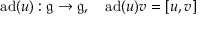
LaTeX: \operatorname { a d } ( u ) : { \mathfrak { g } } \to { \mathfrak { g } } , \quad \operatorname { a d } ( u ) v = [ u , v ]